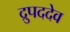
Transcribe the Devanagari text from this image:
द्रुपददेव